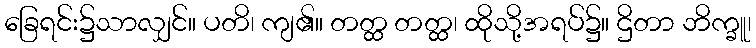
ခြေရင်း၌သာလျှင်။ ပတိ၊ ကျ၏။ တတ္ထ တတ္ထ၊ ထိုသို့အရပ်၌။ ဌိတာ ဘိက္ခူ၊